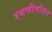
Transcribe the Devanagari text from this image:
रमणीमोहन